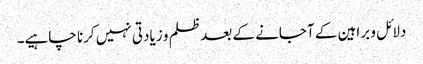
دلائل و براہین کے آجانے کے بعد ظلم و زیادتی نہیں کرنا چاہیے۔